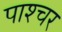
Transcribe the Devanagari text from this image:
पाश्‍चर